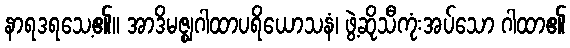
နာရဒရသေ့၏။ အာဒိမဇ္ဈဂါထာပရိယောသနံ၊ ဖွဲ့ဆိုသီကုံးအပ်သော ဂါထာ၏